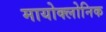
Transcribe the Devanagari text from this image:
मायोक्लोनिक